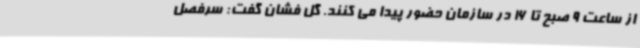
از ساعت 9 صبح تا 16 در سازمان حضور پیدا می کنند. گل فشان گفت: سرفصل